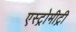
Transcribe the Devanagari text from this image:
एस्ट्रोमीट्री